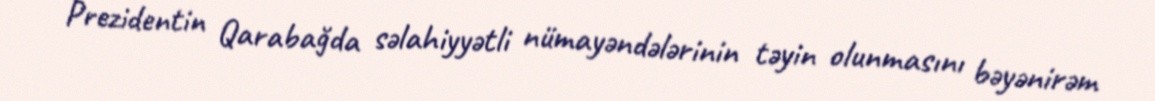
Prezidentin Qarabağda səlahiyyətli nümayəndələrinin təyin olunmasını bəyənirəm